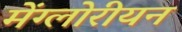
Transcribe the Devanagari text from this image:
मेंग्लोरीयन